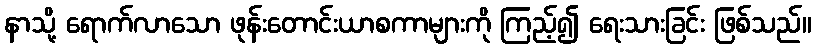
နာသို့ ရောက်လာသော ဖုန်းတောင်းယာစကာများကို ကြည့်၍ ရေးသားခြင်း ဖြစ်သည်။